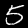
Digit: 5